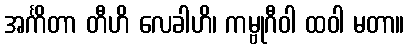
အင်္ကိတာ တီဟိ လေခါဟိ၊ ကမ္ဗုဂီဝါ ထဝါ မတာ။